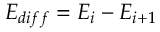
E _ { d i f f } = E _ { i } - E _ { i + 1 }